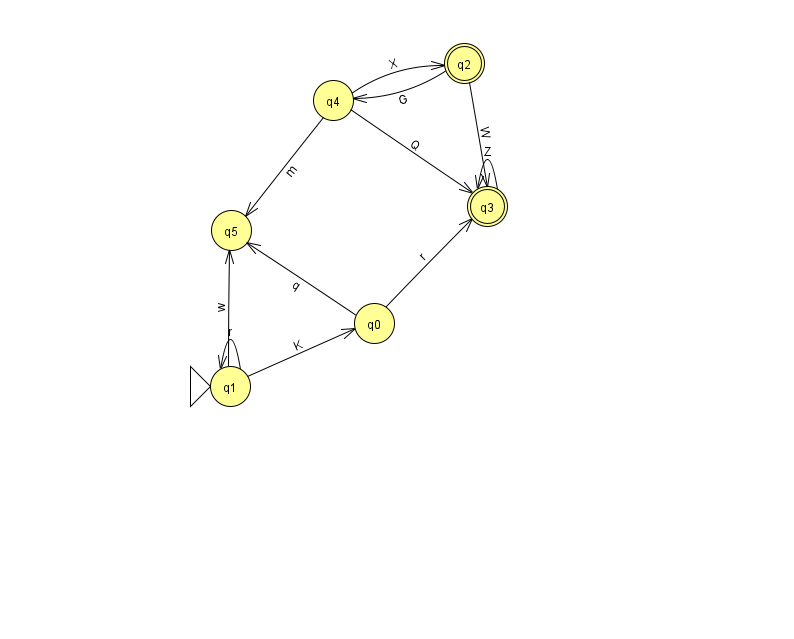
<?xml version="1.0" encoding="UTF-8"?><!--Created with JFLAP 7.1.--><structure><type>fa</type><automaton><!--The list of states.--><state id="0" name="q0"><x>374.0</x><y>310.0</y></state><state id="1" name="q1"><x>230.0</x><y>373.0</y><initial/></state><state id="2" name="q2"><x>464.0</x><y>50.0</y><final/></state><state id="3" name="q3"><x>487.0</x><y>193.0</y><final/></state><state id="4" name="q4"><x>333.0</x><y>87.0</y></state><state id="5" name="q5"><x>231.0</x><y>217.0</y></state><!--The list of transitions.--><transition><from>4</from><to>5</to><read>m</read></transition><transition><from>2</from><to>3</to><read>W</read></transition><transition><from>0</from><to>3</to><read>r</read></transition><transition><from>1</from><to>1</to><read>r</read></transition><transition><from>2</from><to>4</to><read>G</read></transition><transition><from>4</from><to>3</to><read>Q</read></transition><transition><from>1</from><to>0</to><read>K</read></transition><transition><from>3</from><to>3</to><read>Z</read></transition><transition><from>1</from><to>5</to><read>w</read></transition><transition><from>4</from><to>2</to><read>X</read></transition><transition><from>0</from><to>5</to><read>q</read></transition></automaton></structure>